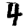
Digit: 4